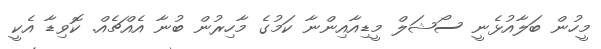
މީހުން ބަލާއުޅެނީ ސޯޝަލް މީޑިއާއިންނާ ކަމުގެ މާހިރުން ބުނާ އެއްޗެއް. ކޮވިޑާ އެކީ